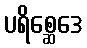
ပရိစ္ဆေဒေ